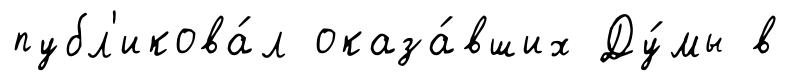
публ'икова́л оказа́вших Ду́мы в